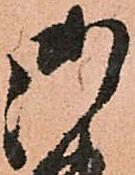
御